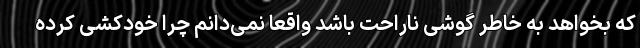
که بخواهد به خاطر گوشی ناراحت باشد واقعاً نمی‌دانم چرا خودکشی کرده